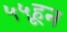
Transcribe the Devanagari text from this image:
५५हून